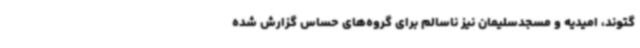
گتوند، امیدیه و مسجدسلیمان نیز ناسالم برای گروه‌های حساس گزارش شده